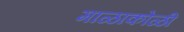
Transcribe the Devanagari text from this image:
माळाकोळी